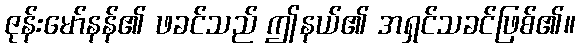
ဇုန်းမော်နန်၏ ဖခင်သည် ဤနယ်၏ အရှင်သခင်ဖြစ်၏။